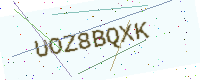
Text: UOZ8BQXK